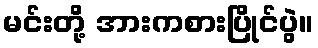
မင်းတို့ အားကစားပြိုင်ပွဲ။